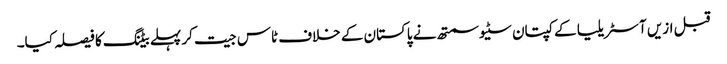
قبل ازیں آسٹریلیا کے کپتان سٹیو سمتھ نے پاکستان کے خلاف ٹاس جیت کر پہلے بیٹنگ کا فیصلہ کیا۔